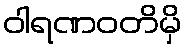
ဝါရဏဝတိမှိ